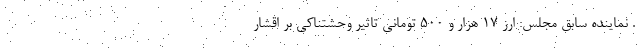
. نماینده سابق مجلس: ارز ۱۷ هزار و ۵۰۰ تومانی تاثیر وحشتناکی بر اقشار